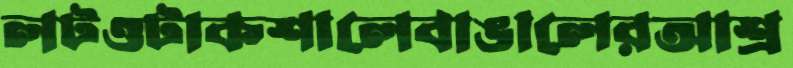
লটওটাকশালেবাঙালেরআশ্র